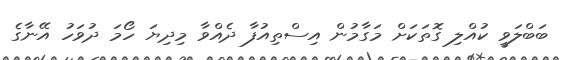
ބަބްލަވީ ކުއްލި ގޮތަކަށް މަގާމުން އިސްތިއުފާ ދެއްވާ މިދިޔަ ހޯމަ ދުވަހު އޭނާގެ